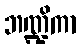
ဘဏ္ဍိကာ